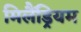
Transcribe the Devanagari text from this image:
मिलैंड्रियम